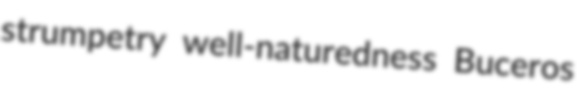
strumpetry well-naturedness Buceros